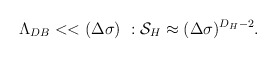
\begin{align*}\Lambda_{DB}<< (\Delta\sigma)\ : {\cal S}_H\approx (\Delta\sigma)^{D_H-2} .\end{align*}